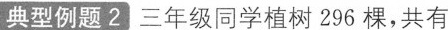
典型例题2 三年级同学植树296棵，共有